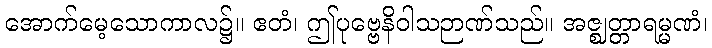
အောက်မေ့သောကာလ၌။ ဧတံ၊ ဤပုဗ္ဗေနိဝါသဉာဏ်သည်။ အဇ္ဈတ္တာရမ္မဏံ၊